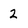
Character: 2